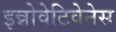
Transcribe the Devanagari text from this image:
इन्नोवेटिवेनेस